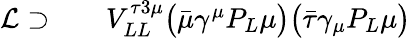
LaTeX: \begin{array}{rlr}{\mathcal{L}\supset}&{{}}&{V_{LL}^{\tau 3\mu}\big(\bar{\mu}\gamma^{\mu}P_{L}\mu\big)\big(\bar{\tau}\gamma_{\mu}P_{L}\mu\big)}\end{array}